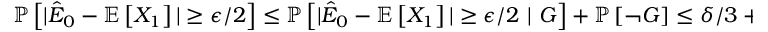
\begin{array} { r } { \mathbb { P } \left[ | \hat { E } _ { 0 } - \mathbb { E } \left[ X _ { 1 } \right] | \ge \epsilon / 2 \right] \le \mathbb { P } \left[ | \hat { E } _ { 0 } - \mathbb { E } \left[ X _ { 1 } \right] | \ge \epsilon / 2 ~ | ~ G \right] + \mathbb { P } \left[ \neg G \right] \le \delta / 3 + \delta / 3 = 2 \delta / 3 . } \end{array}